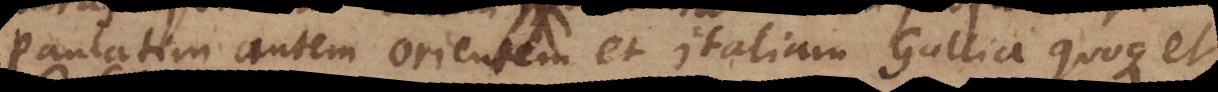
Paulatim autem Orientem et Italiam Gallia quoque et